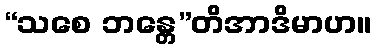
“သစေ ဘန္တေ”တိအာဒိမာဟ။